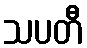
သပတီ